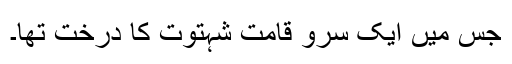
جس میں ایک سرو قامت شہتوت کا درخت تھا۔